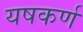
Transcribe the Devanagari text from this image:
यषकर्ण